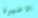
الاخيرة